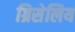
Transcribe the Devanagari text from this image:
ग्रिसेलिय